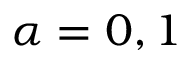
\alpha = 0 , 1